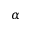
\alpha